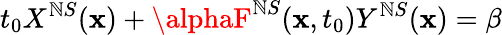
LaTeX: t_{0}X^{\mathbb{N}S}(\mathbf{x})+\alphaF^{\mathbb{N}S}(\mathbf{x},t_{0})Y^{\mathbb{N}S}(\mathbf{x})=\beta